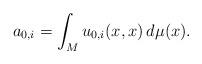
LaTeX: \begin{align*} a_{0,i} = \int_M u_{0,i}(x,x) \, d\mu(x).\end{align*}